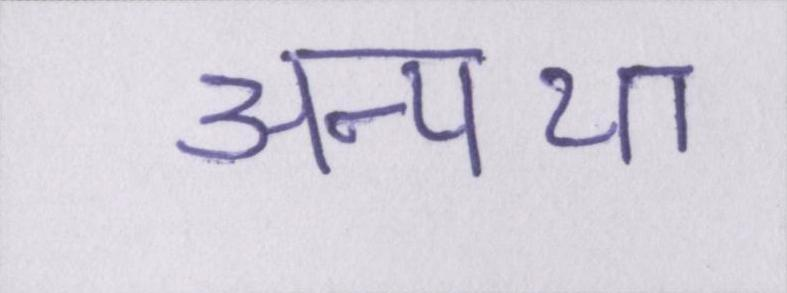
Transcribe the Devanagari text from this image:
अन्यथा